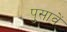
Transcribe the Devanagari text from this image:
पुसावें